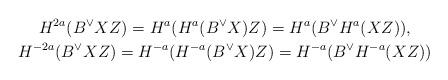
LaTeX: \begin{gather*} H^{2a}(B^\vee X Z) = H^{a}( H^{a}(B^\vee X) Z) = H^{a}( B^\vee H^{a}(XZ)), \\ H^{-2a}(B^\vee X Z) = H^{-a}( H^{-a}(B^\vee X) Z) = H^{-a}( B^\vee H^{-a}(XZ)) \end{gather*}